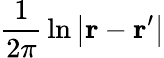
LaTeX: {\frac{1}{2\pi}}\ln\left|\mathbf{r}-\mathbf{r}^{\prime}\right|